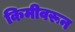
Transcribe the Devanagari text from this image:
किमीवरून